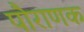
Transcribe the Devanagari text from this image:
पौराणक